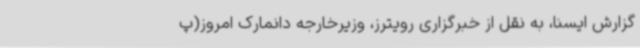
گزارش ایسنا، به نقل از خبرگزاری رویترز، وزیرخارجه دانمارک امروز(پ